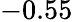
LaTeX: -0.55